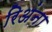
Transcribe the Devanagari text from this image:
रिअंना